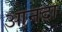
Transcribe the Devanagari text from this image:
आनदा